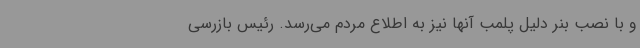
و با نصب بنر دلیل پلمب آنها نیز به اطلاع مردم می‌رسد. رئیس بازرسی